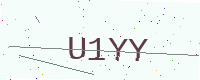
Text: U1YY